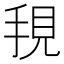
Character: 𭠺